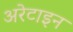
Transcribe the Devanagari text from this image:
अरेटाइन